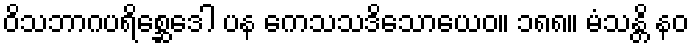
ဝိသဘာဂပရိစ္ဆေဒေါ ပန ကေသသဒိသောယေဝ။ ၁၈၈။ မံသန္တိ နဝ